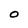
Character: O